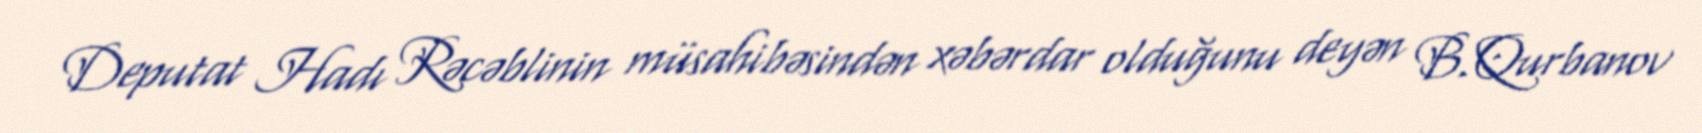
Deputat Hadı Rəcəblinin müsahibəsindən xəbərdar olduğunu deyən B.Qurbanov